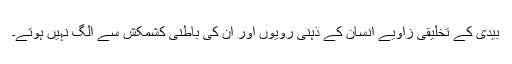
بیدی کے تخلیقی زاویے انسان کے ذہنی رویوں اور ان کی باطنی کشمکش سے الگ نہیں ہوتے۔